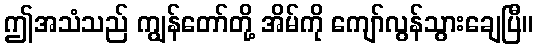
ဤအသံသည် ကျွန်တော်တို့ အိမ်ကို ကျော်လွန်သွားချေပြီ။